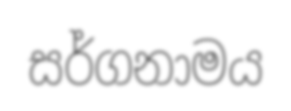
සර්ගනාමය